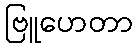
ဗြူဟေတာ